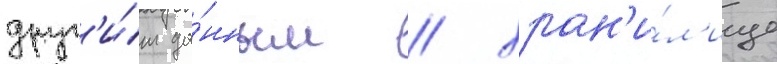
друг'и́м да́нным / хран'и́л'ище